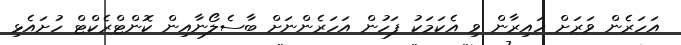
އަހަރެން ވަރަށް ހައިރާން ވި އެކަމަކު ފަހުން އަހަރެންނަށް ބާސެލޯނާއިން ކޮންޓްރެކްޓް ހުށައެޅި